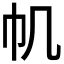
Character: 𢁒